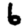
Digit: 6